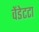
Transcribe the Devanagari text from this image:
वेंडेटटा